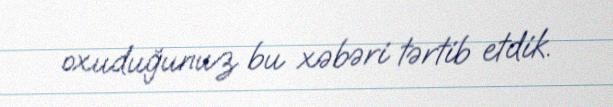
oxuduğunuz bu xəbəri tərtib etdik.